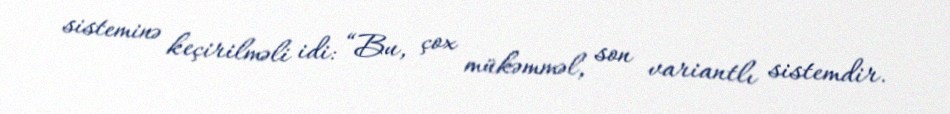
sisteminə keçirilməli idi: “Bu, çox mükəmməl, son variantlı sistemdir.